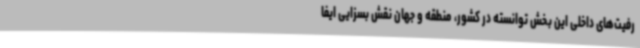
رفیت‌های داخلی این بخش توانسته در کشور،‌ منطقه و جهان نقش بسزایی ایفا